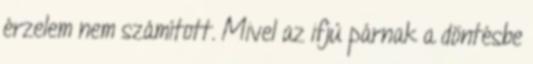
érzelem nem számított. Mivel az ifjú párnak a döntésbe